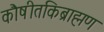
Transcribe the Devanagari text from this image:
कौषीतकिब्राह्मण